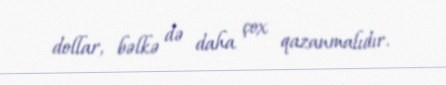
dollar, bəlkə də daha çox qazanmalıdır.